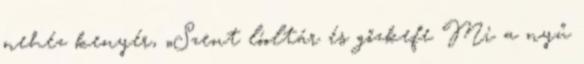
nehéz kenyér, „Szent lóoltár és gőzkefe Mi a nyű